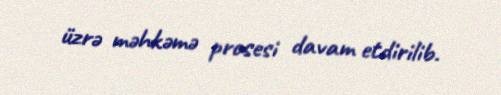
üzrə məhkəmə prosesi davam etdirilib.